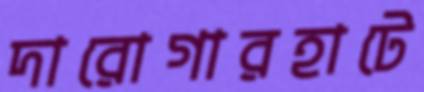
দারোগারহাটে